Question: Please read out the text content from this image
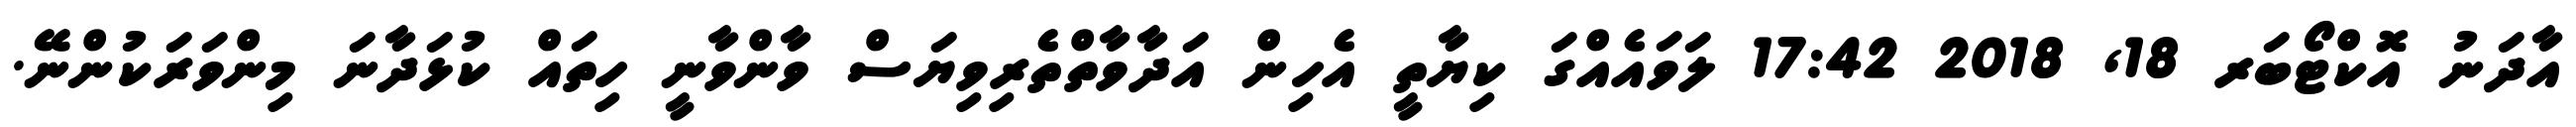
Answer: އާދަނު އޮކްޓޯބަރ 18, 2018 17:42 ލަވައެއްގަ ކިޔާތީ އެހިން އަދާވާތްތެރިވިޔަސް ވާންވާނީ ހިތައް ކުޅަދާނަ މިންވަރަކުންނޭ.